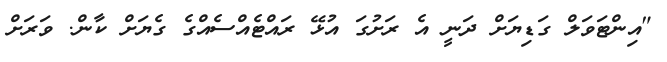
"އިންޓަވަލް ގަޑިޔަށް ދަނީ އެ ރަށުގަ އުޅޭ ރައްޓެއްސެއްގެ ގެޔަށް ކާން. ވަރަށް